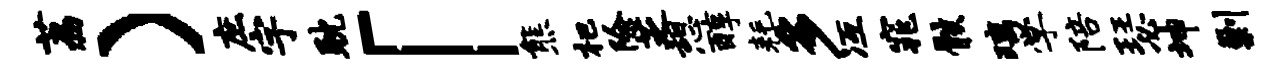
荔）庶宇耽「熊杷除芝憩醇耗多冱窕骸璃学陪瑟坤剿